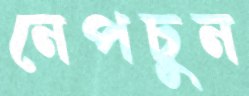
নেপচুন